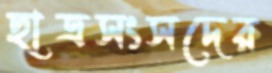
ছাত্রসংসদের